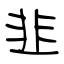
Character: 韭